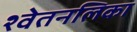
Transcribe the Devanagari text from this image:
श्वेतनलिका